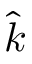
\hat { k }